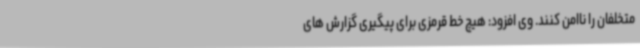
متخلفان را ناامن کنند. وی افزود: هیچ خط قرمزی برای پیگیری گزارش های